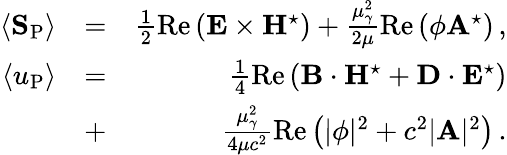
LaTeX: \begin{array}{rlr}{\langle{\mathbf S}_{\mathrm{P}}\rangle}&{=}&{\frac{1}{2}\mathrm{Re}\left({\mathbf E}\times{\mathbf H}^{\star}\right)+\frac{\mu_{\gamma}^{2}}{2\mu}\mathrm{Re}\left(\phi{\mathbf A}^{\star}\right)\, ,}\\ {\langle u_{\mathrm{P}}\rangle}&{=}&{\frac{1}{4}\mathrm{Re}\left({\mathbf B}\cdot{\mathbf H}^{\star}+{\mathbf D}\cdot{\mathbf E}^{\star}\right)}\\ &{+}&{\frac{\mu_{\gamma}^{2}}{4\mu c^{2}}\mathrm{Re}\left(|\phi|^{2}+c^{2}|{\mathbf A}|^{2}\right)\, .}\end{array}